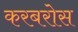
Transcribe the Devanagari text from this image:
करबरोस